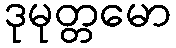
ဒုမုတ္တမော